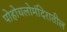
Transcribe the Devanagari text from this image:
पोहोचलोमंदिरातील